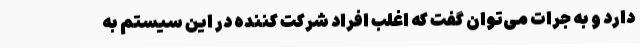
دارد و به جرات می‌توان گفت که اغلب افراد شرکت کننده در این سیستم به